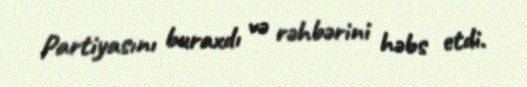
Partiyasını buraxdı və rəhbərini həbs etdi.